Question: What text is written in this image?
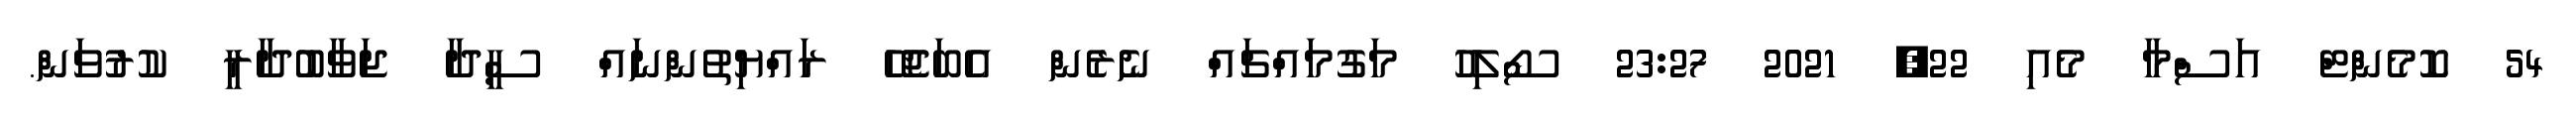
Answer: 54 ކޮމެންޓް އަސްމާ މެއި 22, 2021 23:27 ސޯލިހު މަގުމައްޗައް ނެރެން އެބަޖެހޭ ރައްޔިތުންނައް ސީދާ ޖަވާބުދާރީ ކުރުވަން.